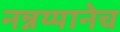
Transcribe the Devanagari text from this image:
नन्नय्यानेच